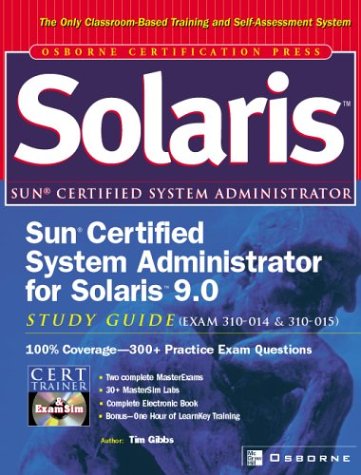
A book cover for Sun Certified System Administrator for Solaris 9.0 Study Guide (Exams 310-014 & 310-015); Tim Gibbs; Computers & Technology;